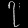
Digit: ၇